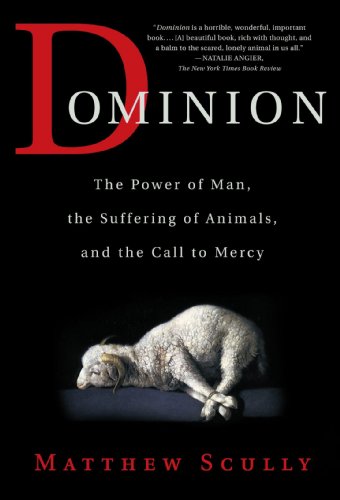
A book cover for Dominion: The Power of Man, the Suffering of Animals, and the Call to Mercy; Matthew Scully; Science & Math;